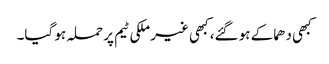
کبھی دھماکے ہو گئے، کبھی غیر ملکی ٹیم پر حملہ ہو گیا۔